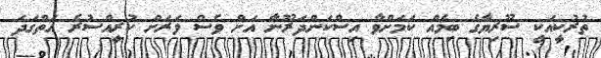
ތުރުކީއަކީ ސޫރިޔާގެ ބިމެއް ކަމަށްވާ އިސްކަންދަރޫނާ އަށް ވެސް ވަރަށް ކުރީއްސުރެ އަތްގަދަ